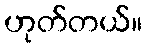
ဟုတ်တယ်။